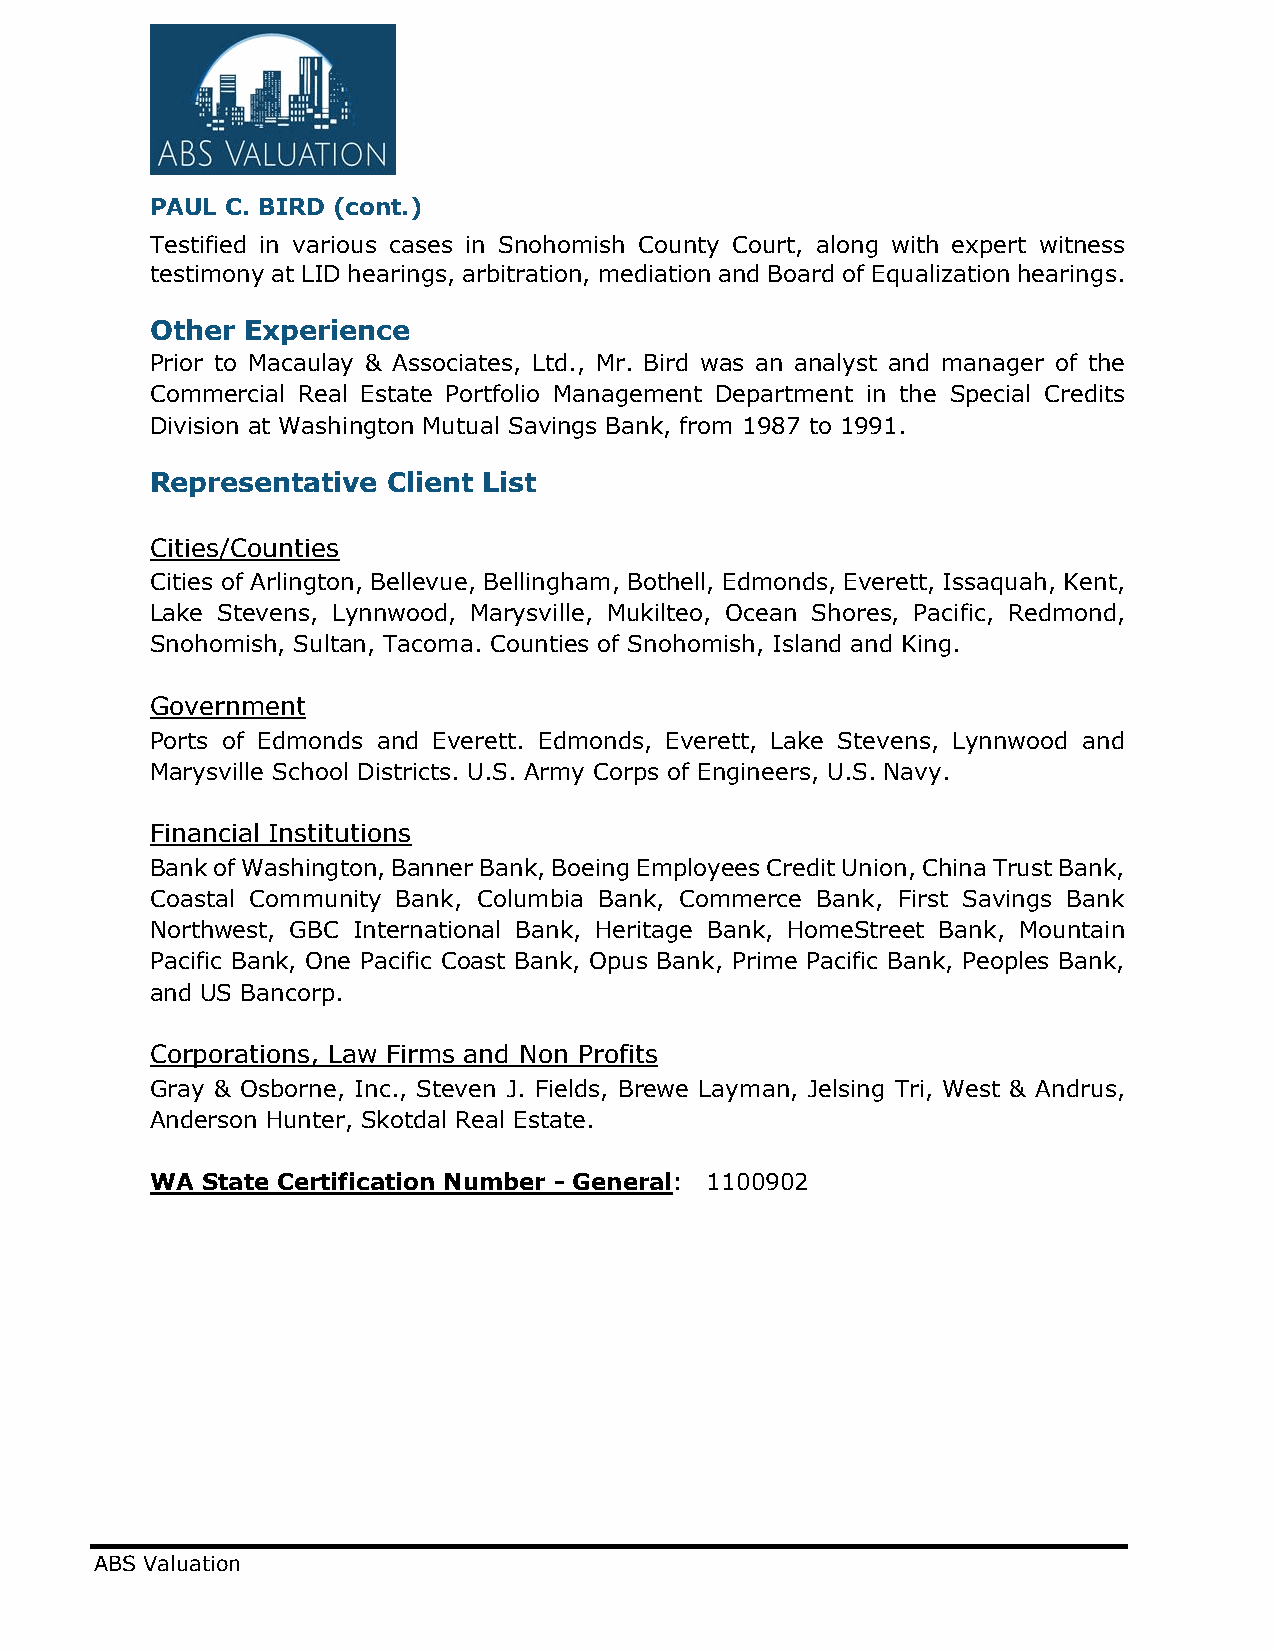
PAUL C. BIRD (cont.)
 Testified in various cases in Snohomish County Court, along with expert witness
 testimony at LID hearings, arbitration, mediation and Board of Equalization hearings.
 Other Experience
 Prior to Macaulay & Associates, Ltd., Mr. Bird was an analyst and manager of the
 Commercial Real Estate Portfolio Management Department in the Special Credits
 Division at Washington Mutual Savings Bank, from 1987 to 1991.
 Representative  Client List
 Cities/Counties
 Cities of Arlington, Bellevue, Bellingham, Bothell, Edmonds, Everett, Issaquah, Kent,
 Lake Stevens, Lynnwood, Marysville, Mukilteo, Ocean Shores, Pacific, Redmond,
 Snohomish, Sultan, Tacoma. Counties of Snohomish, Island and King.
 Government
 Ports of Edmonds and Everett. Edmonds, Everett, Lake Stevens, Lynnwood and
 Marysville School Districts. U.S. Army Corps of Engineers, U.S. Navy.
 Financial Institutions
 Bank of Washington, Banner Bank, Boeing Employees Credit Union, China Trust Bank,
 Coastal Community Bank, Columbia Bank, Commerce Bank, First Savings Bank
 Northwest, GBC International Bank, Heritage Bank, HomeStreet Bank, Mountain
 Pacific Bank, One Pacific Coast Bank, Opus Bank, Prime Pacific Bank, Peoples Bank,
 and US Bancorp.
 Corporations, Law Firms and Non Profits
 Gray & Osborne, Inc., Steven J. Fields, Brewe Layman, Jelsing Tri, West & Andrus,
 Anderson Hunter, Skotdal Real Estate.
 WA State Certification Number - General: 1100902
 ABS Valuation